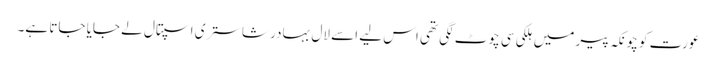
عورت کو چونکہ پیر میں ہلکی سی چوٹ لگی تھی اس لیے اسے لال بہادر شاستری اسپتال لے جایا جاتا ہے۔